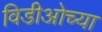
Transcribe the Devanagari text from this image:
विडीओच्या